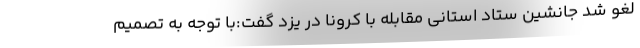
لغو شد جانشین ستاد استانی مقابله با کرونا در یزد گفت:با توجه به تصمیم